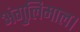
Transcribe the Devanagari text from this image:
अंगुलिमाल।